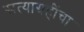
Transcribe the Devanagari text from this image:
सत्याग्रहींचा